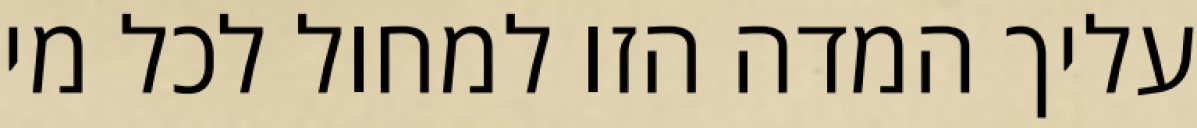
עליך המדה הזו למחול לכל מי